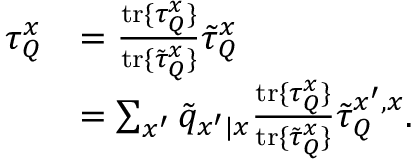
\begin{array} { r l } { \tau _ { Q } ^ { x } } & { = \frac { \mathrm { t r } \{ \tau _ { Q } ^ { x } \} } { \mathrm { t r } \{ \tilde { \tau } _ { Q } ^ { x } \} } \tilde { \tau } _ { Q } ^ { x } } \\ & { = \sum _ { x ^ { \prime } } \tilde { q } _ { x ^ { \prime } | x } \frac { \mathrm { t r } \{ \tau _ { Q } ^ { x } \} } { \mathrm { t r } \{ \tilde { \tau } _ { Q } ^ { x } \} } \tilde { \tau } _ { Q } ^ { x ^ { \prime } , x } . } \end{array}